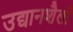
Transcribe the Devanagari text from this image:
उद्यानशैली